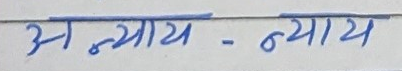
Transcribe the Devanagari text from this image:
अ न्याय - न्याय